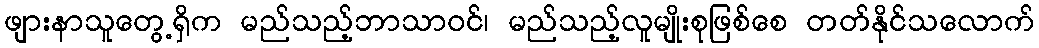
ဖျားနာသူတွေ့ရှိက မည်သည့်ဘာသာဝင်၊ မည်သည့်လူမျိုးစုဖြစ်စေ တတ်နိုင်သလောက်